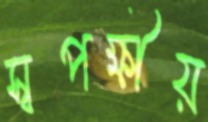
স্বপক্ষীয়